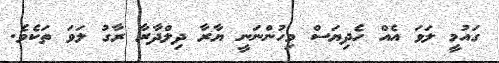
ގައުމީ ލަވަ އެއް ހެދިޔަސް މިހުންނަނީ ޔާރާ ދިލްދާރާ ރާގު ލަވަ ތަކެވެ.